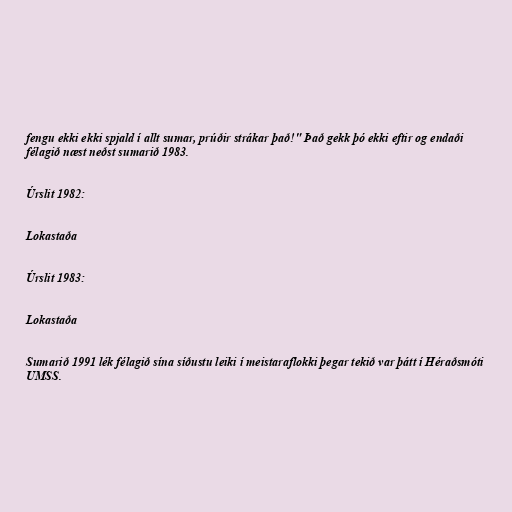
fengu ekki ekki spjald í allt sumar, prúðir strákar það!" Það gekk þó ekki eftir og endaði
félagið næst neðst sumarið 1983.

Úrslit 1982:

Lokastaða

Úrslit 1983:

Lokastaða

Sumarið 1991 lék félagið sína síðustu leiki í meistaraflokki þegar tekið var þátt í Héraðsmóti
UMSS.